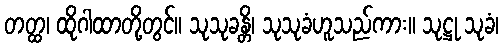
တတ္ထ၊ ထိုဂါထာတို့တွင်။ သုသုခန္တိ၊ သုသုခံဟူသည်ကား။ သုဋ္ဌု သုခံ၊